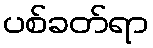
ပစ်ခတ်ရာ